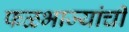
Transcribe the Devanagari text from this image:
फळभाज्यांची